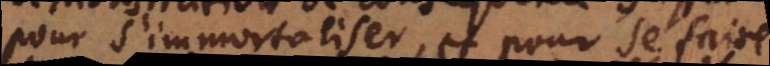
pour s’immortaliser, et pour se faire